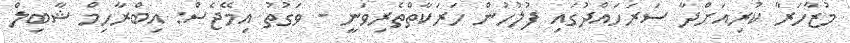
މުޒާހަރާ ކުރިއަށްދާ ސަރަހައްދުގައި ފުލުހުން ހަރަކާތްތެރިވަނީ - ވަގުތު އިމޭޖެސް: އިބްރާހިމް ޝާބިލް